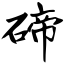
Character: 碲